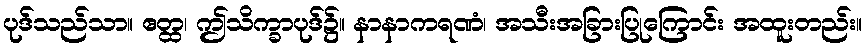
ပုဒ်သည်သာ။ ဧတ္ထ၊ ဤသိက္ခာပုဒ်၌။ နာနာကရဏံ၊ အသီးအခြားပြုကြောင်း အထူးတည်း။